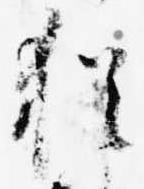
猶